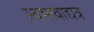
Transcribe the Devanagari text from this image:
स्वभावाद्यत्र